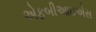
એફબીઆઇએસ